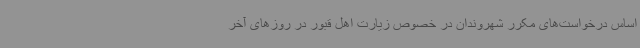
اساس درخواست‌های مکرر شهروندان در خصوص زیارت اهل قبور در روزهای آخر